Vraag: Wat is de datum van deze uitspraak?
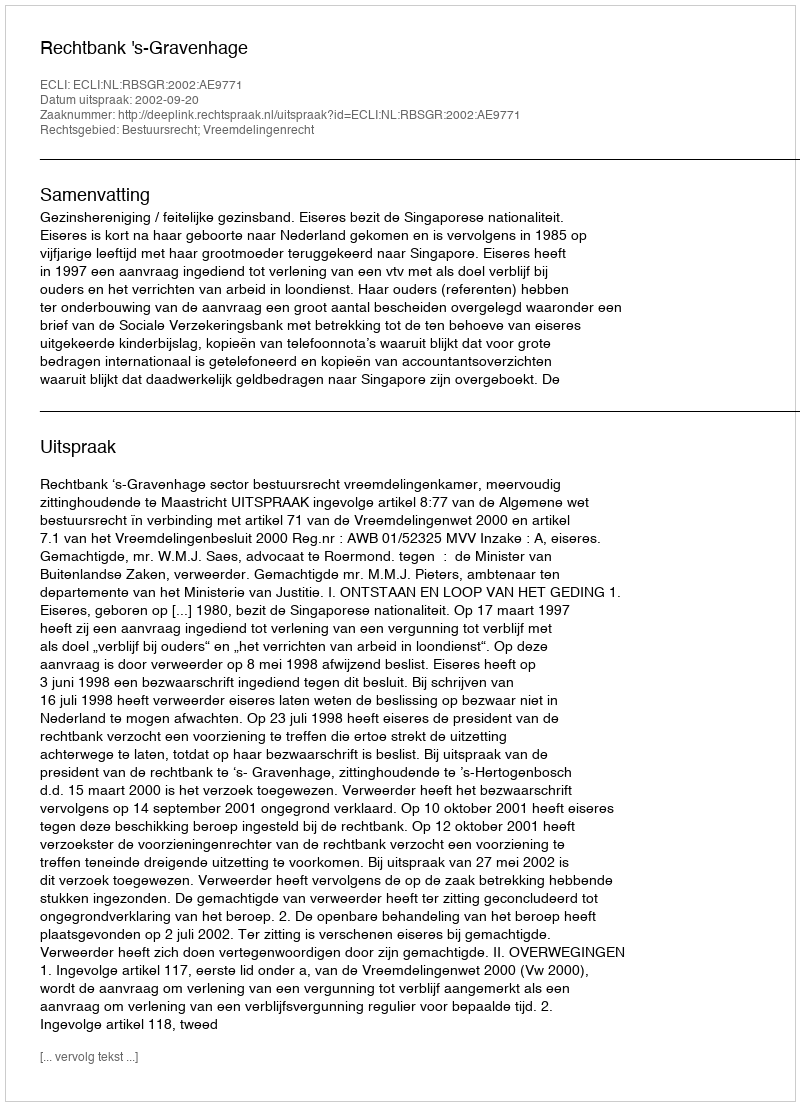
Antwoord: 2002-09-20